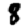
Digit: 8